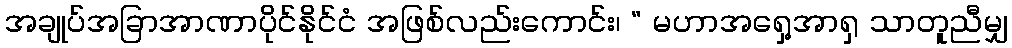
အချုပ်အခြာအာဏာပိုင်နိုင်ငံ အဖြစ်လည်းကောင်း၊ “ မဟာအရှေ့အာရှ သာတူညီမျှ